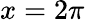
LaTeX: x=2\pi